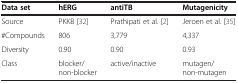
| Data set | hERG | antiTB | Mutagenicity |
 | --- | --- | --- | --- |
 | Source | PKKB[32] | Prathipati et al.[2] | Jeroen et al.[35] |
 | #Compounds | 806 | 3,779 | 4,337 |
 | Diversity | 0.90 | 0.90 | 0.93 |
 | Class | blocker/non-blocker | active/inactive | mutagen/non-mutagen |